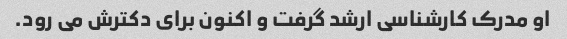
او مدرک کارشناسی ارشد گرفت و اکنون برای دکترش می رود.